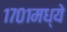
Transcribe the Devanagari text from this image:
१७०१मध्ये